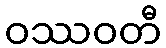
ဝဿဝတီ